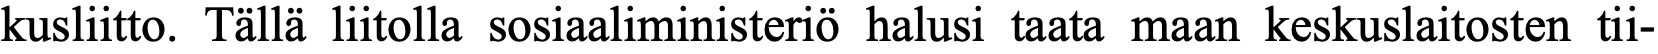
kusliitto. Tällä liitolla sosiaaliministeriö halusi taata maan keskuslaitosten tii-